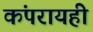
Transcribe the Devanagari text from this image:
कंपरायही